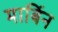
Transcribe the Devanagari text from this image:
मार्बिन